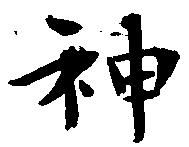
神